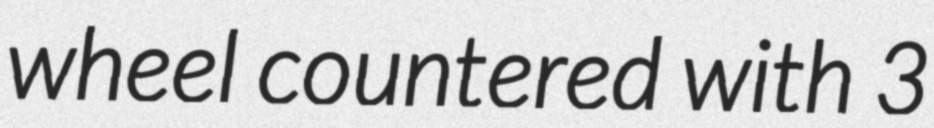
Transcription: wheel countered with 3